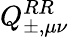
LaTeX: Q_{\pm,\mu\nu}^{RR}